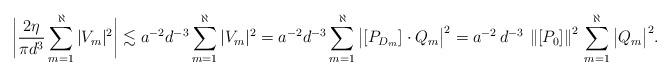
LaTeX: \begin{align*}\bigg|\frac{2\eta}{\pi d^3}\sum_{m=1}^\aleph|V_m|^2\bigg| \lesssim a^{-2}d^{-3}\sum_{m=1}^\aleph|V_m|^2=a^{-2}d^{-3}\sum_{m=1}^\aleph\big|[P_{D_m}]\cdot Q_{m} \big|^2 = a^{-2} \, d^{-3} \, \left\Vert [P_{0}] \right\Vert^{2} \, \sum_{m=1}^\aleph\big| Q_{m} \big|^2.\end{align*}